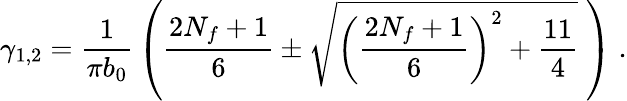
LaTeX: \gamma_{1,2}=\frac{1}{\pi b_{0}}\, \left(\frac{2N_{f}+1}{6}\pm\sqrt{\left(\frac{2N_{f}+1}{6}\right)^{2}+\frac{11}{4}}\; \right)\; .